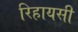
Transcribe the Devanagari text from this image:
रिहायसी